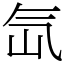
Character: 氙